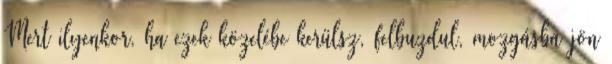
Mert ilyenkor, ha ezek közelébe kerülsz, felbuzdul, mozgásba jön